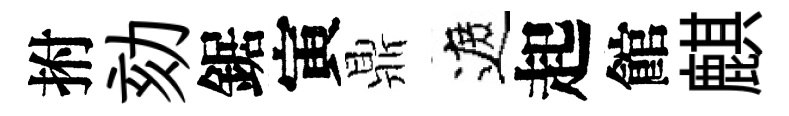
拊劾鋸寅鼎遮起館麒